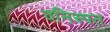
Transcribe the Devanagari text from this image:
वनिस्पत